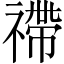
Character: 𥛣